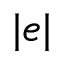
| e |